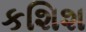
કશિશ